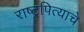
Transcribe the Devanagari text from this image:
राष्ट्रपित्याचे